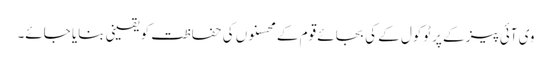
وی آئی پیز کے پرٹوکول کے کی بجائے قوم کے محسنوں کی حفاظت کو یقینی بنایا جائے۔